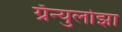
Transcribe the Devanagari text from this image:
ग्रॅन्युलोझा